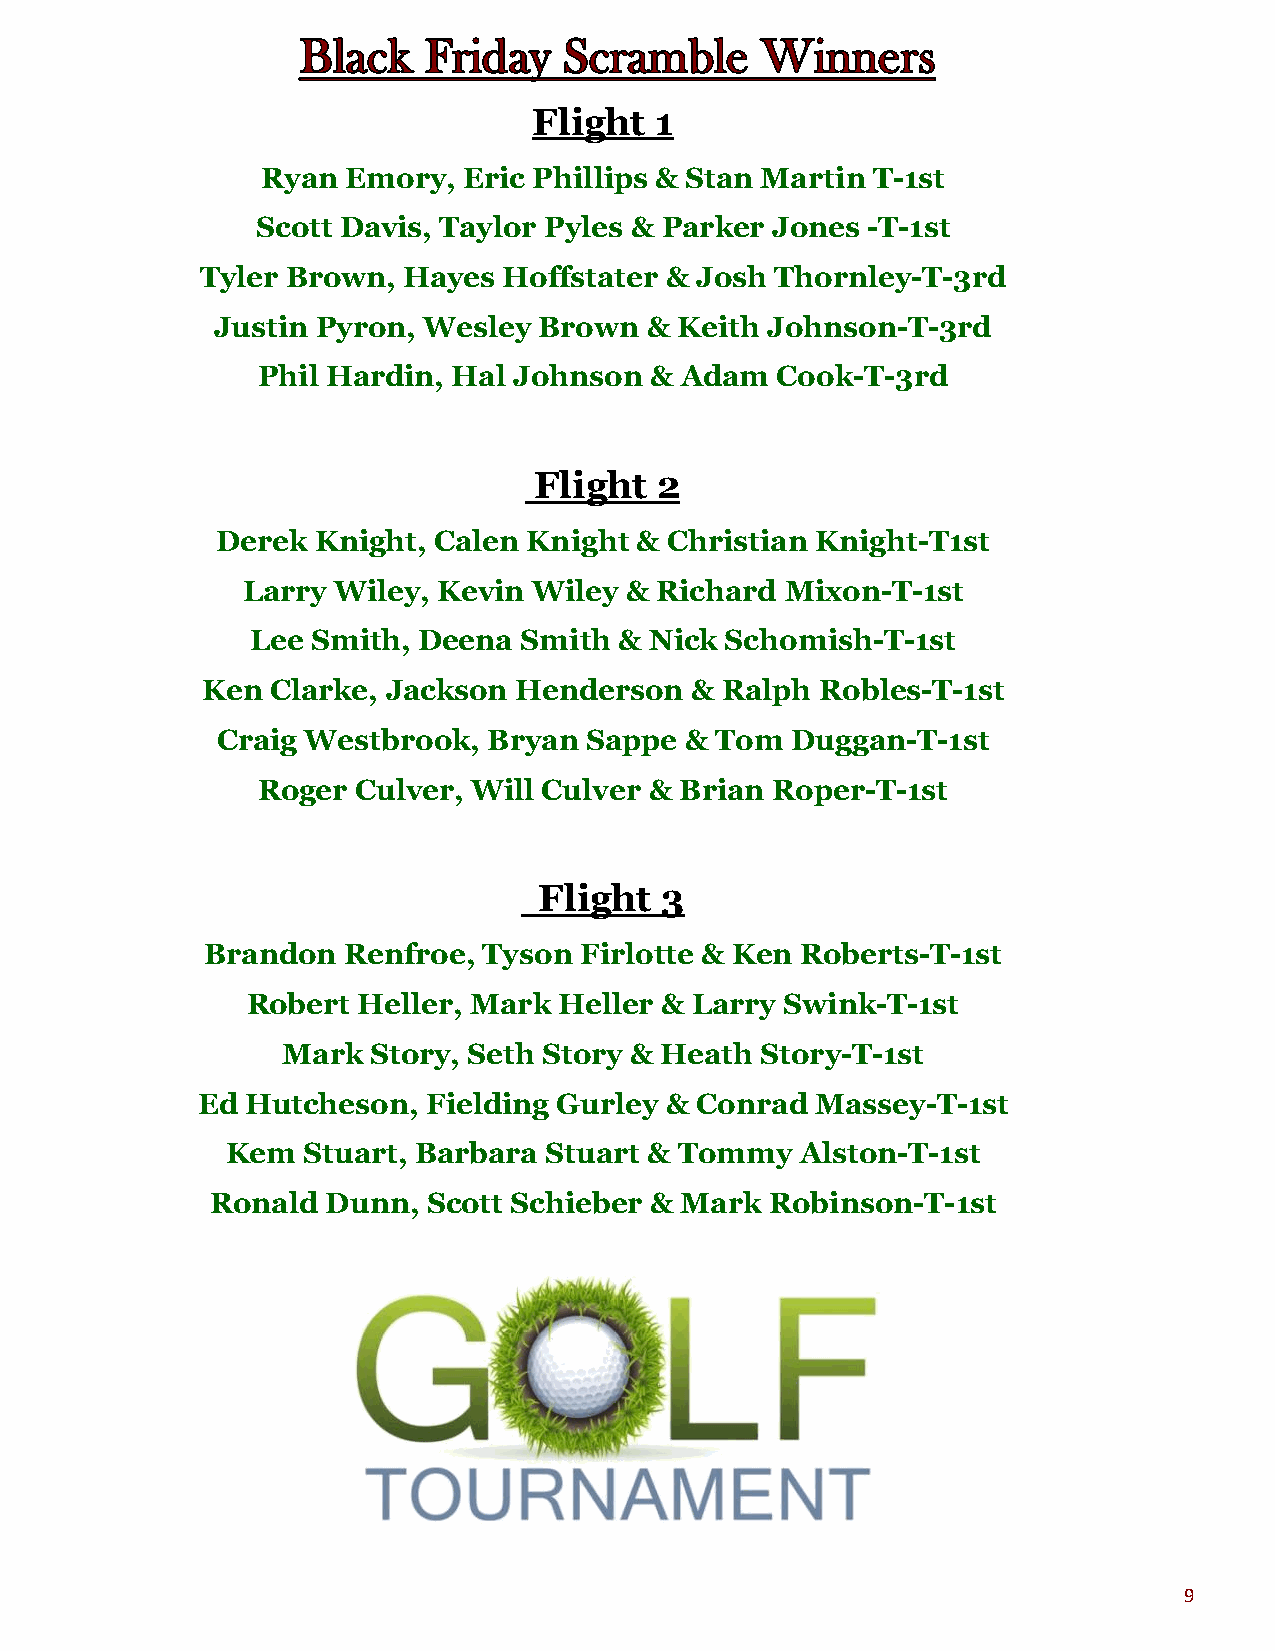
Flight  1
 Ryan  Emory,  Eric Phillips & Stan Martin T-1st
 Scott Davis, Taylor Pyles & Parker Jones -T-1st
 Tyler Brown,  Hayes Hoffstater & Josh Thornley-T-3rd
 Justin Pyron, Wesley  Brown  & Keith Johnson-T-3rd
 Phil Hardin, Hal Johnson  & Adam  Cook-T-3rd
 Flight   2
 Derek  Knight, Calen Knight & Christian Knight-T1st
 Larry Wiley, Kevin Wiley & Richard  Mixon-T-1st
 Lee Smith, Deena Smith  & Nick Schomish-T-1st
 Ken  Clarke, Jackson Henderson   & Ralph Robles-T-1st
 Craig Westbrook,  Bryan  Sappe & Tom  Duggan-T-1st
 Roger  Culver, Will Culver & Brian Roper-T-1st
 Flight  3
 Brandon   Renfroe, Tyson Firlotte & Ken Roberts-T-1st
 Robert  Heller, Mark Heller & Larry Swink-T-1st
 Mark  Story, Seth Story & Heath Story-T-1st
 Ed Hutcheson,  Fielding Gurley & Conrad  Massey-T-1st
 Kem  Stuart, Barbara Stuart & Tommy   Alston-T-1st
 Ronald  Dunn, Scott Schieber & Mark  Robinson-T-1st
 9